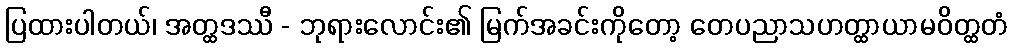
ပြထားပါတယ်၊ အတ္ထဒဿီ - ဘုရားလောင်း၏ မြက်အခင်းကိုတော့ တေပညာသဟတ္ထာယာမဝိတ္ထတံ